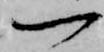
一